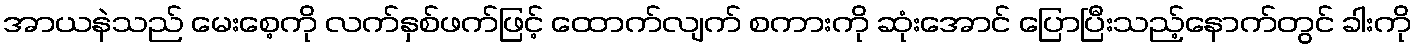
အာယနဲသည် မေးစေ့ကို လက်နှစ်ဖက်ဖြင့် ထောက်လျက် စကားကို ဆုံးအောင် ပြောပြီးသည့်နောက်တွင် ခါးကို